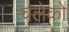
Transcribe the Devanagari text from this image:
चलेको